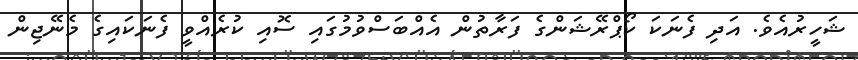
ޝަހީރުއެވެ. އަދި ފެނަކަ ކޯޕްރޭޝަންގެ ފަރާތުން އެއްބަސްވުމުގައި ސޮއި ކުރެއްވީ ފެނަކައިގެ މެނޭޖިން